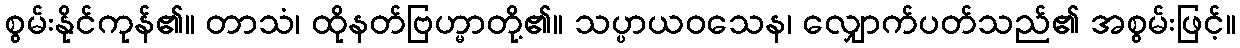
စွမ်းနိုင်ကုန်၏။ တာသံ၊ ထိုနတ်ဗြဟ္မာတို့၏။ သပ္ပာယဝသေန၊ လျှောက်ပတ်သည်၏ အစွမ်းဖြင့်။